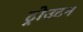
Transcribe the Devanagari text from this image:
ट्रोउटन